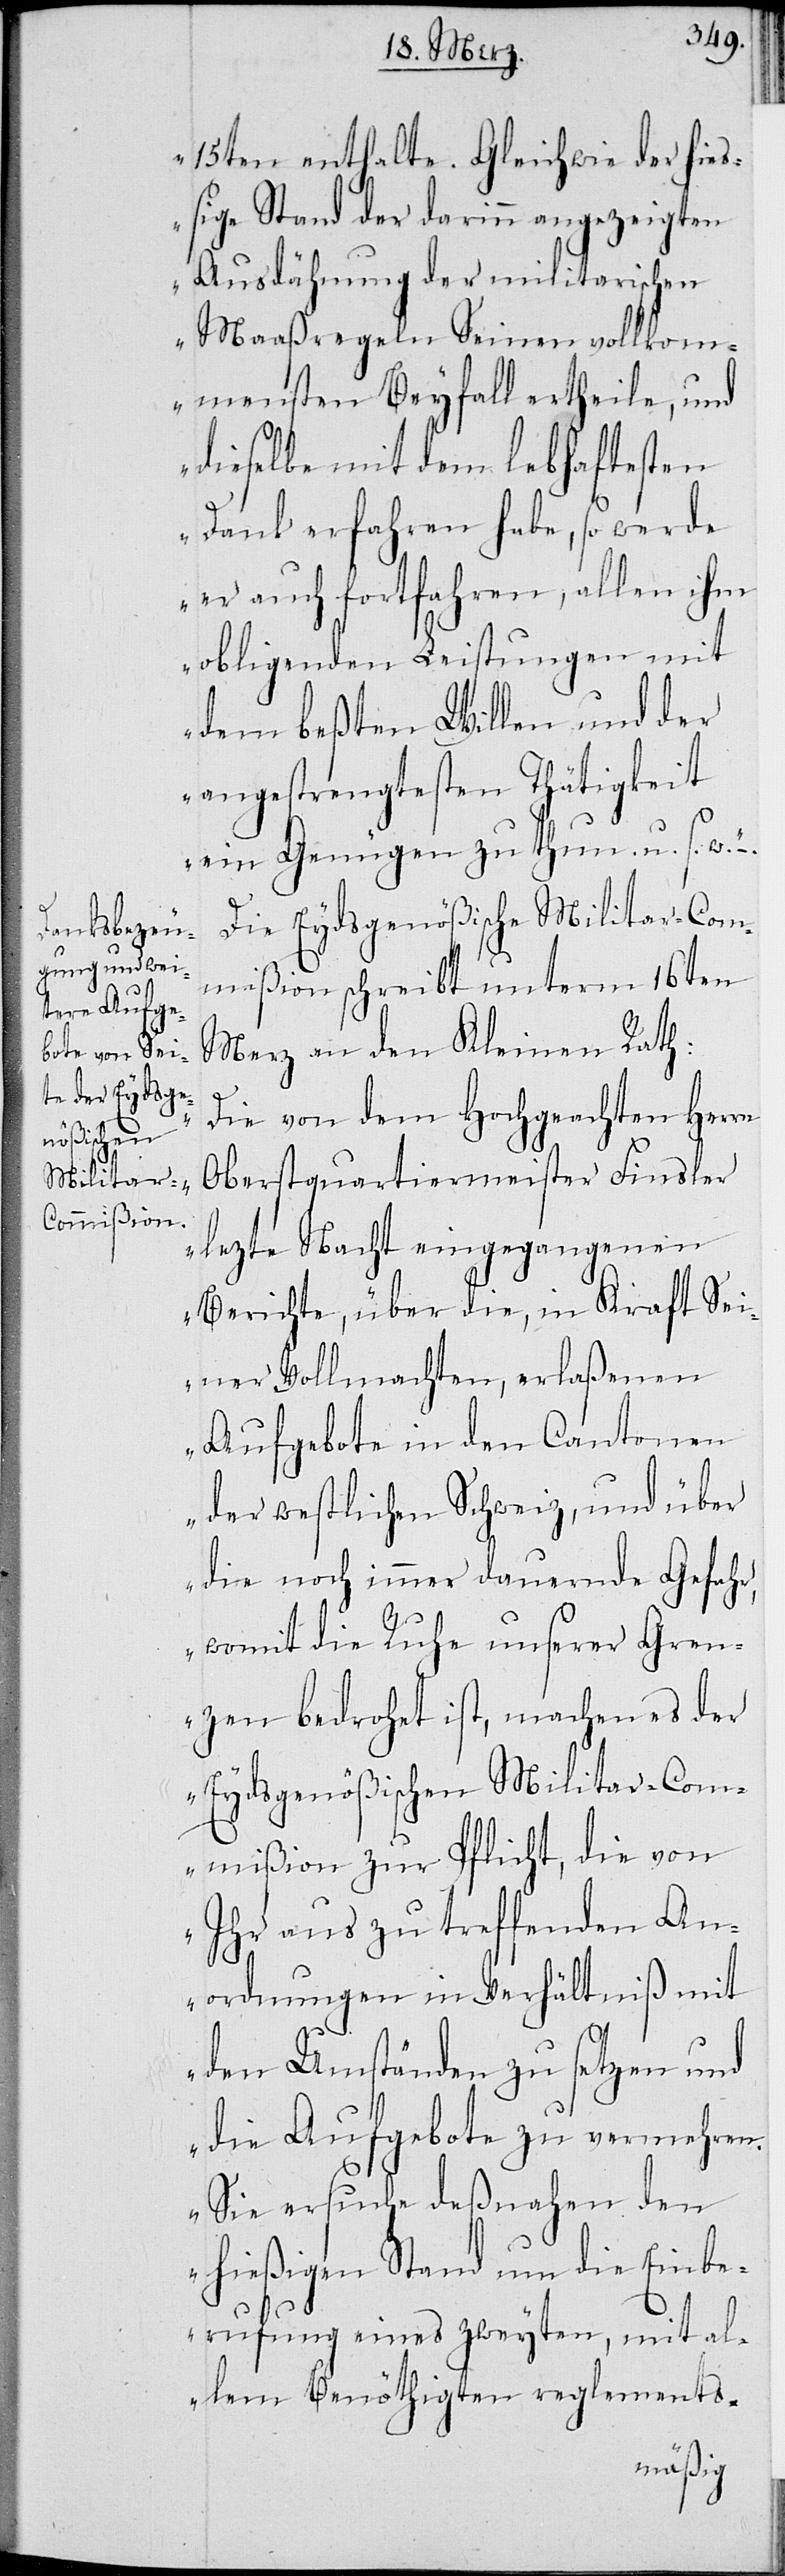
15ten enthalte. Gleichwie der hieß¬
ige Stand der darinn angezeigten
Ausdähnung der militarischen
Maßregeln Seinen vollkom¬
mensten Beyfall ertheile, und
dieselbe mit dem lebhaftesten
Dank erfahren habe, so werde
er auch fortfahren, alle ihm
obligenden Leistungen mit
dem beßten Willen und der
angestrengtesten Thätigkeit
ein Genügen zu thun. u. s. w.“ –.
Die Eydsgenößische Militar-Com¬
mißion schreibt unterm 16ten
Merz an den Kleinen Rath:
„Die von dem Hochgeachten Herrn
Oberstquartiermeister Finsler
lezte Nacht eingegangenen
Berichte, über die, in Kraft Sei¬
ner Vollmachten, erlaßenen
Aufgebote in den Cantonen
der westlichen Schweiz, und über
die noch immer dauernde Gefahr,
womit die Ruhe unserer Gren¬
zen bedroht ist, machen es der
Eydsgenößischen Militar-Com¬
mißion zur Pflicht, die von
Ihr aus zu treffenden An¬
ordnungen in Verhältniß mit
den Umständen zu setzen und
die Aufgebote zu vermehren.
Sie ersuche deßnahen den
hießigen Stand um die Einbe¬
rufung eines zweyten, mit al¬
lem Benöthigten reglements-